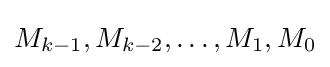
M_{k-1},M_{k-2},\ldots ,M_{1},M_{0}